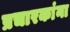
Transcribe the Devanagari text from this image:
प्रचारकांना